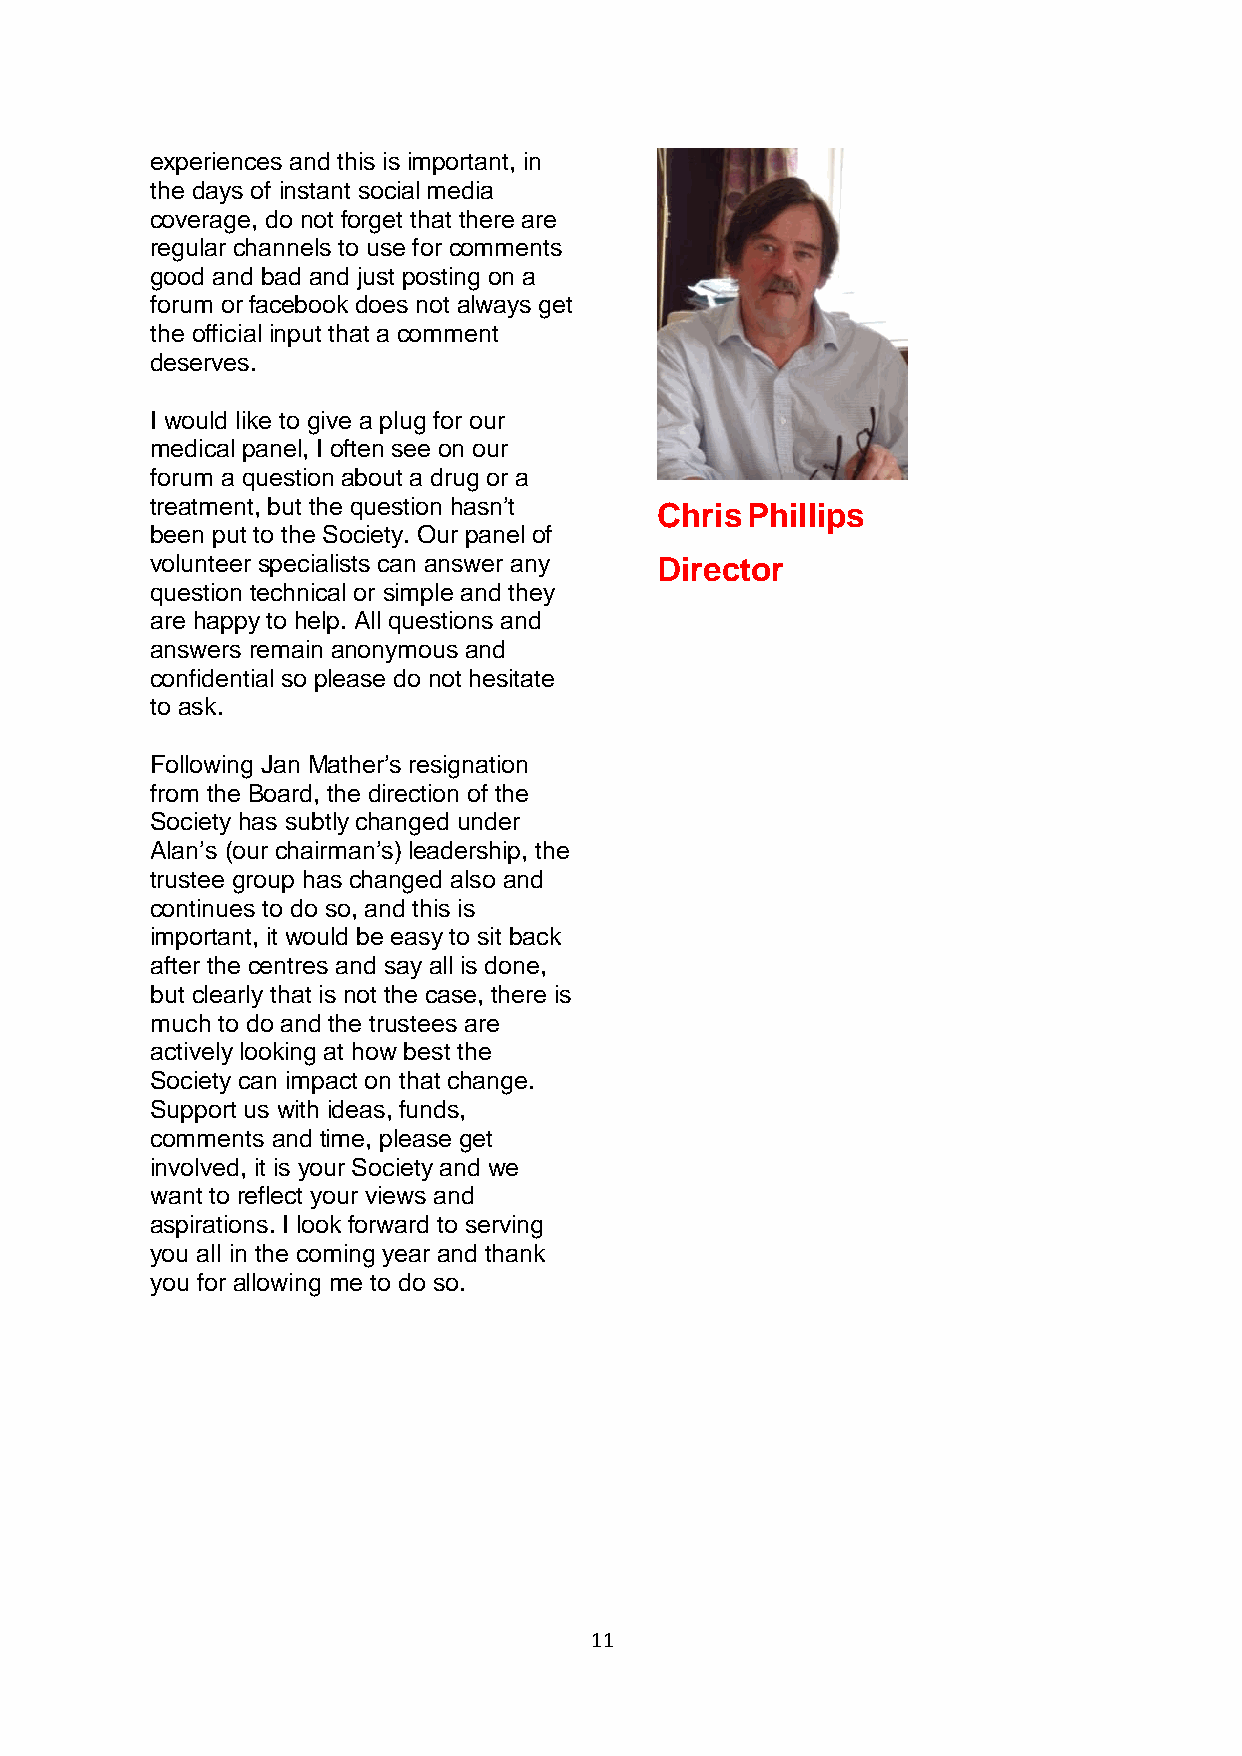
experiences and this is important, in
 the days of instant social media
 coverage, do not forget that there are
 regular channels to use for comments
 good and bad and just posting on a
 forum or facebook does not always get
 the official input that a comment
 deserves.
 I would like to give a plug for our
 medical panel, I often see on our
 forum a question about a drug or a
 treatment, but the question hasn’t
 Chris Phillips
 been put to the Society. Our panel of
 volunteer specialists can answer any Director
 question technical or simple and they
 are happy to help. All questions and
 answers remain anonymous and
 confidential so please do not hesitate
 to ask.
 Following Jan Mather’s resignation
 from the Board, the direction of the
 Society has subtly changed under
 Alan’s (our chairman’s) leadership, the
 trustee group has changed also and
 continues to do so, and this is
 important, it would be easy to sit back
 after the centres and say all is done,
 but clearly that is not the case, there is
 much to do and the trustees are
 actively looking at how best the
 Society can impact on that change.
 Support us with ideas, funds,
 comments and time, please get
 involved, it is your Society and we
 want to reflect your views and
 aspirations. I look forward to serving
 you all in the coming year and thank
 you for allowing me to do so.
 11